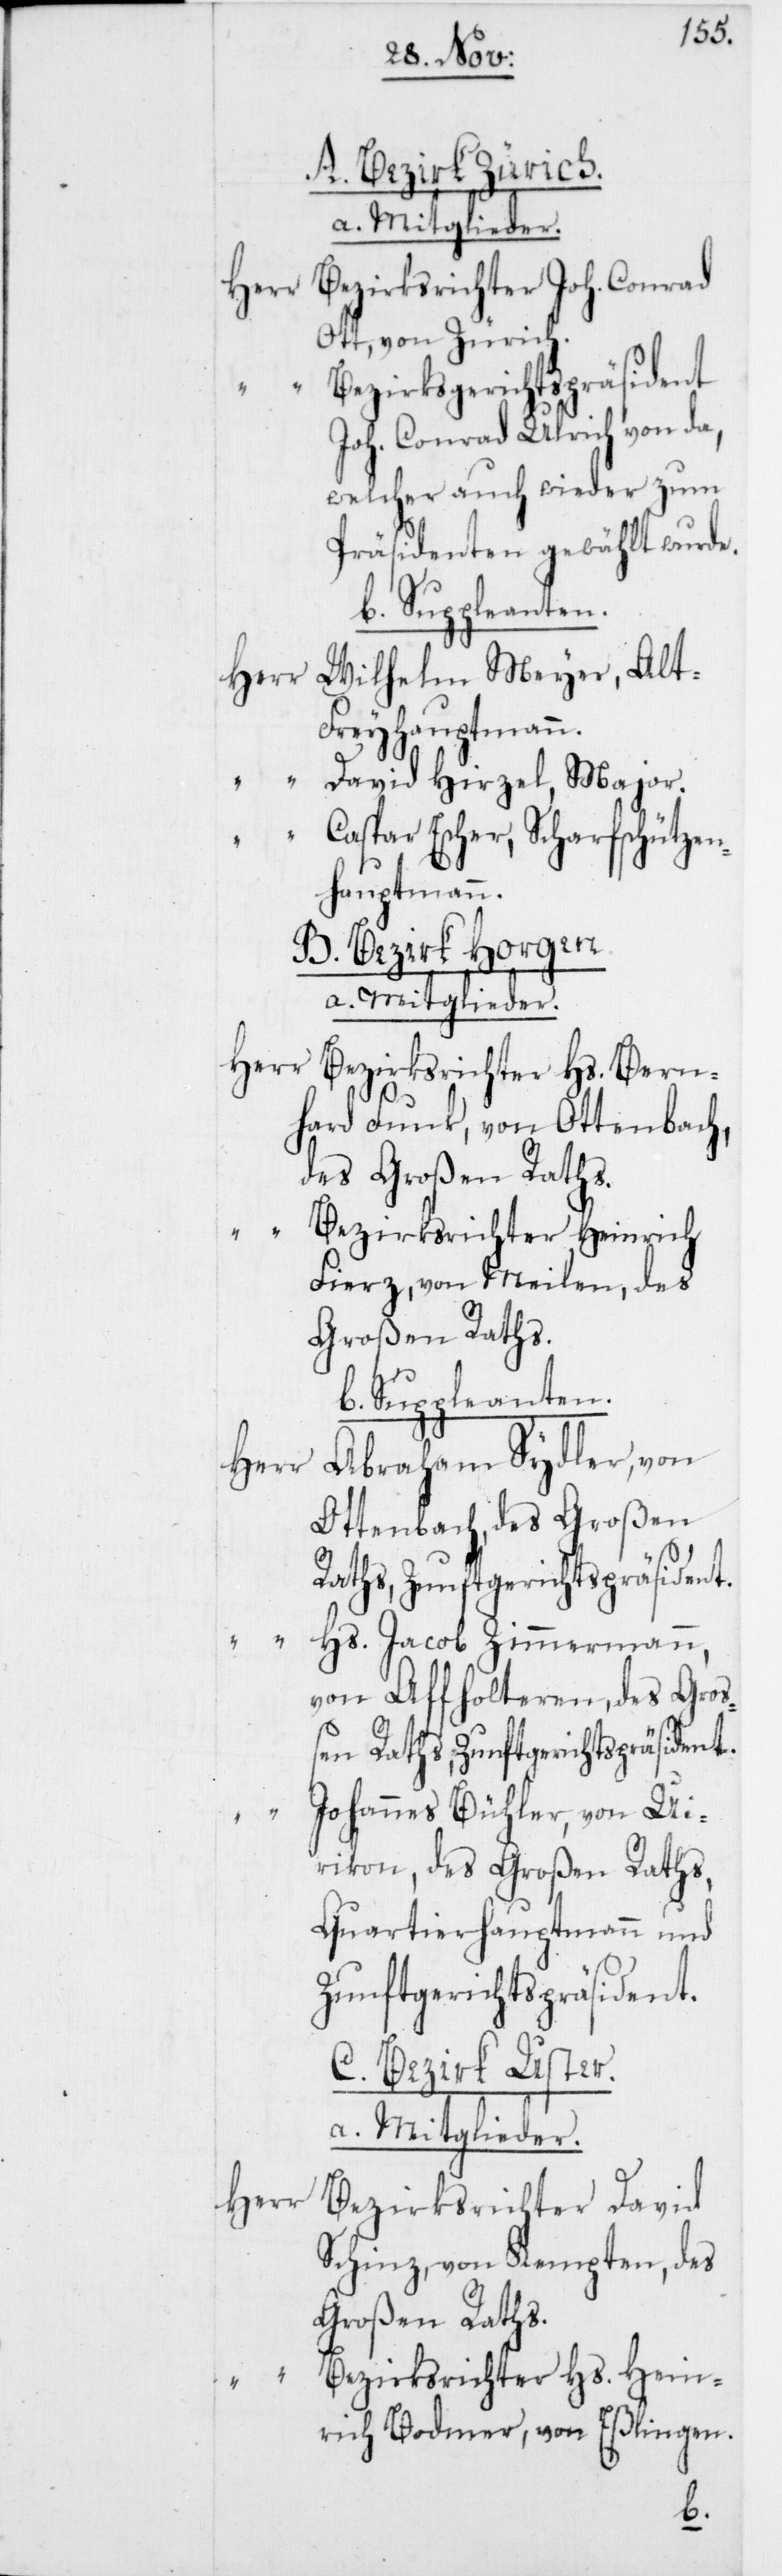
A. Bezirk Zürich.
a. Mitglieder.
nrich
Herr Bezirksrichter Joh.
Ott, von Zürich.
wählt
“ Bezirksgerichtspräs¬
on da,
Joh. Conrad Ulri¬
zum
welcher auch wi¬
wurde.
Präsidenten ge¬
b. Suppleanten.
Wilhelm Meyer, Alt-F¬
reyhauptmann.
“
David Hirzel,
harf¬
“ Caspar Escher, Sc¬
side¬
nhauptmann.
B. Bezirk Horgen.
a. Mitglieder.
Herr
Bezirksrichter Hs. Hei¬
hard Funk, von Ottenbach,
des Großen Raths.
“ Bezirksrichter Heinrich
Fierz, von Meilen, des
Großen Raths.
Abraham Sydler, von
Ottenbach, des Großen
Raths, Zunftgerichtspräside¬
Hs. Jacob Zimmermann,
von Affolteren, des Gro¬
ßen Raths, Zunftgerichtspräsident.
Johannes Bühler, von Ui¬
rikon, des Großen Raths,
Quartierhauptmann und
Zunftgerichtsprä¬
nt.
C. Bezirk Uster.
a. Mitglieder.
Herr
Bezirksrichter David
Schinz, von Kempten, des
Großen Raths.
ch v¬